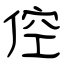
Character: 倥